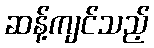
ဆန့်ကျင်သည့်